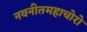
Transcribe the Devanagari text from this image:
नवनीतमहाचोरो